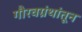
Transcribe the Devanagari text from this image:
गौरवग्रंथांतून